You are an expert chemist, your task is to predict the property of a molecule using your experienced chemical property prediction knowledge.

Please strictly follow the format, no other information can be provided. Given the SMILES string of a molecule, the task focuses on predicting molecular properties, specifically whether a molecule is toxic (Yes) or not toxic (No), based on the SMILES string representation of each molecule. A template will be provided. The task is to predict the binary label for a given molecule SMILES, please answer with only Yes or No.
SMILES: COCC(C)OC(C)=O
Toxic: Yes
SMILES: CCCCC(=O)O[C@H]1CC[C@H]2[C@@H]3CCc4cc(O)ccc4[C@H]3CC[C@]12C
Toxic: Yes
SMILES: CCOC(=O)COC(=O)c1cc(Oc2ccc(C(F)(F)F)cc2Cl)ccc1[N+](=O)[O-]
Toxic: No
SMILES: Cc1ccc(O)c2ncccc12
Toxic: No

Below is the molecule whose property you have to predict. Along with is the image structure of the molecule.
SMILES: CCCn1c(=O)[nH]c(=O)c2[nH]cnc21
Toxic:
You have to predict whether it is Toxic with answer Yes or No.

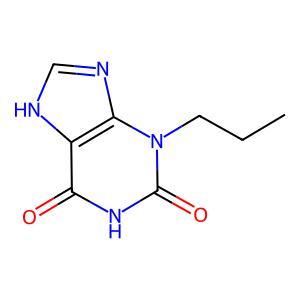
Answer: No